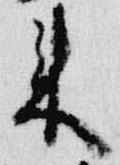
来